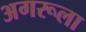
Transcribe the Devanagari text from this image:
अगरूला